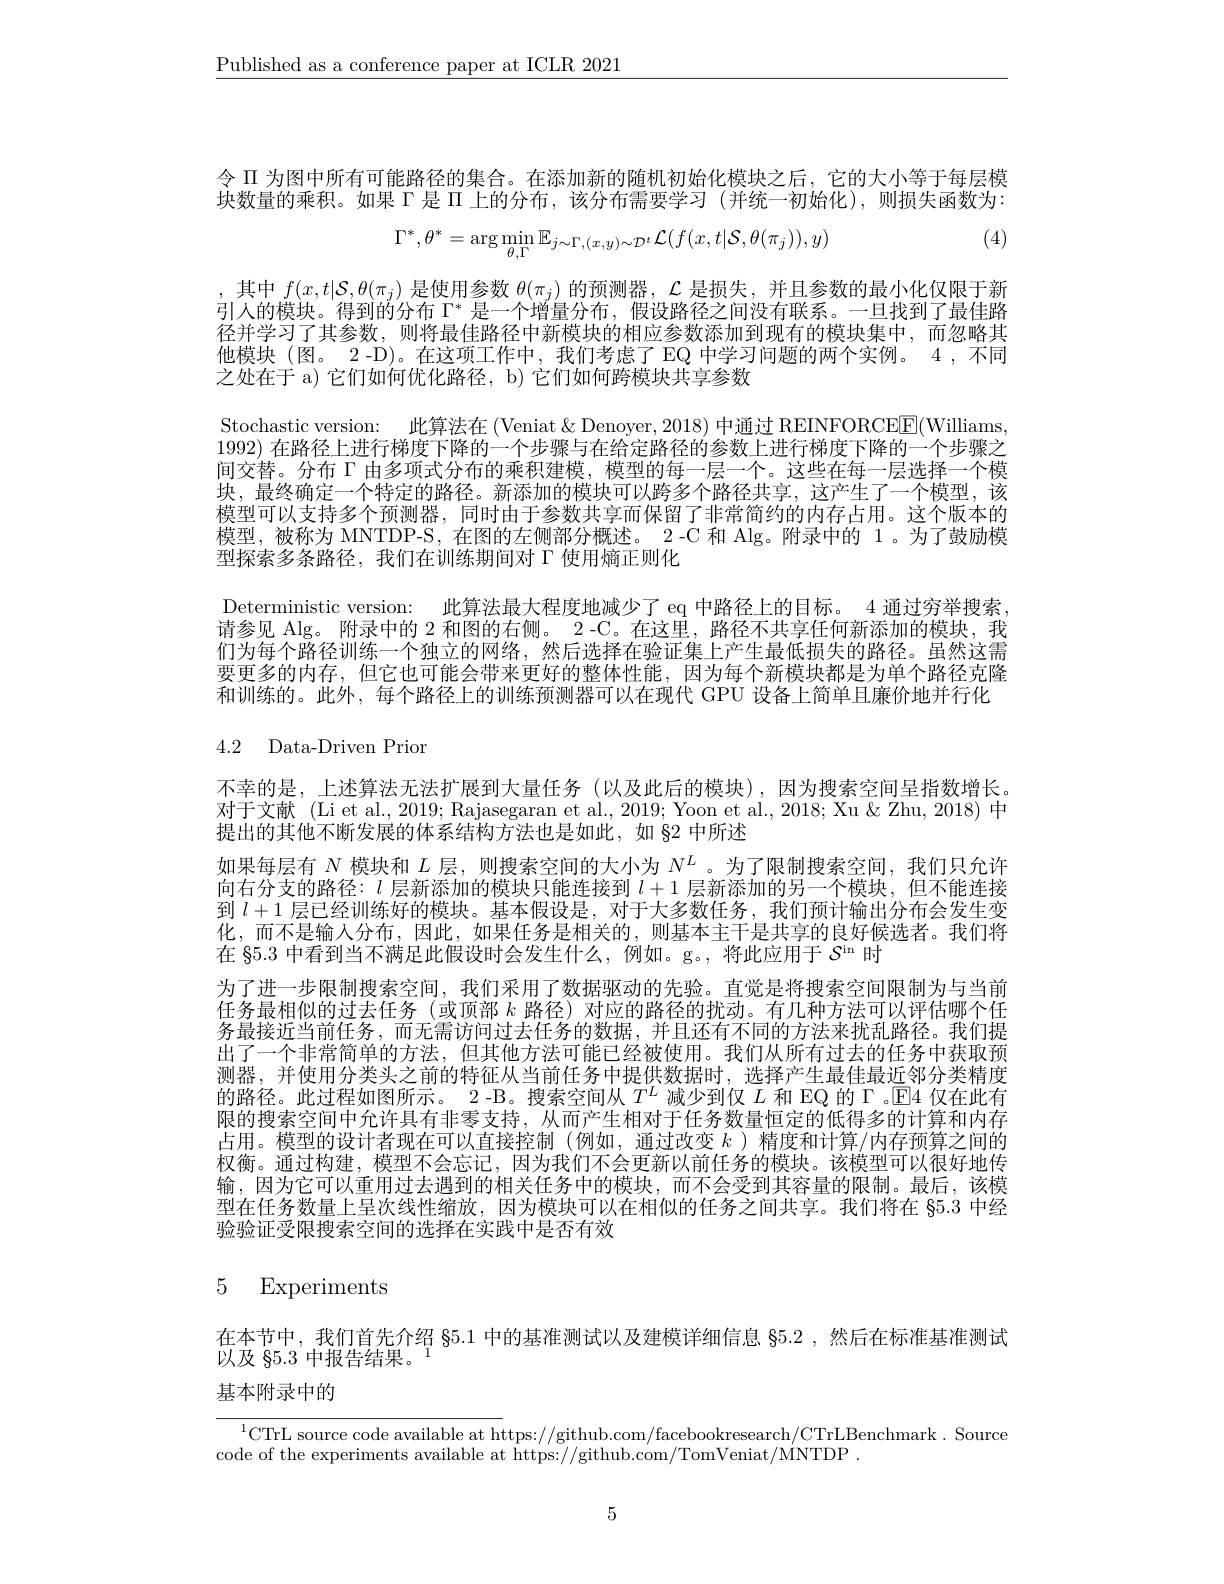
$\underline{\text{Published as a conference paper at ICLR 2021}}$

令$\Pi$为图中所有可能路径的集合。在添加新的随机初始化模块之后，它的大小等于每层模块数量的乘积。如果$\Gamma$是$\Pi$上的分布，该分布需要学习(并统一初始化),则损失函数为：

(4)
$$\Gamma^{*},\theta^{*}=\arg\min_{\theta,\Gamma}\mathbb{E}_{j\sim\Gamma,(x,y)\sim\mathcal{D}^{t}}\mathcal{L}(f(x,t|\mathcal{S},\theta(\pi_{j})),y)$$
4.2 Data-Driven Prior

其中$f(x,t|\mathcal{S},\theta(\pi_j)$是使用参数$\theta(\pi_j)$的预测器，$\mathcal{L}$是损失，并且参数的最小化仅限于新引人的模块。得到的分布$\Gamma^*$是一个增量分布，假设路径之间没有联系。一旦找到了最佳路径并学习了其参数，则将最佳路径中新模块的相应参数添加到现有的模块集中，而忽略其他模块 (图。2 -D)。在这项工作中，我们考虑了 EQ 中学习问题的两个实例。4 ,不同之处在于 a) 它们如何优化路径，b) 它们如何跨模块共享参数
Stochastic version: 此算法在 (Veniat&Denoyer,2018) 中通过 REINFORCEE(Williams 1992) 在路径上进行梯度下降的一个步骤与在给定路径的参数上进行梯度下降的一个步骤之间交替。分布 Г 由多项式分布的乘积建模，模型的每一层一个。这些在每一层选择一个模块，最终确定一个特定的路径。新添加的模块可以跨多个路径共享，这产生了一个模型，该模型可以支持多个预测器，同时由于参数共享而保留了非常简约的内存占用。这个版本的模型，被称为 MNTDP-S, 在图的左侧部分概述。2 -C 和 Alg。附录中的 1。为了鼓励模型探索多条路径，我们在训练期间对$\Gamma$使用熵正则化
Deterministic version: 此算法最大程度地减少了 eq 中路径上的目标。4 通过穷举搜索， 请参见 Alg。附录中的 2 和图的右侧。2 -C。在这里，路径不共享任何新添加的模块，我们为每个路径训练一个独立的网络，然后选择在验证集上产生最低损失的路径。虽然这需要更多的内存，但它也可能会带来更好的整体性能，因为每个新模块都是为单个路径克隆和训练的。此外，每个路径上的训练预测器可以在现代 GPU 设备上简单且廉价地并行化
不幸的是，上述算法无法扩展到大量任务(以及此后的模块),因为搜索空间呈指数增长。对于文献 (Li et al., 2019; Rajasegaran et al., 2019; Yoon et al., 2018; Xu & Zhu, 2018) 中提出的其他不断发展的体系结构方法也是如此，如 82 中所述
如果每层有$N$模块和$L$层，则搜索空间的大小为$N^L$ 。为了限制搜索空间，我们只允许向右分支的路径：$l$层新添加的模块只能连接到$l+1$层新添加的另一个模块，但不能连接到$l+1$层已经训练好的模块。基本假设是，对于大多数任务，我们预计输出分布会发生变化，而不是输入分布，因此，如果任务是相关的，则基本主干是共享的良好候选者。我们将在 §5.3 中看到当不满足此假设时会发生什么，例如。g。,将此应用于$S^\mathrm{in}$时
为了进一步限制搜索空间，我们采用了数据驱动的先验。直觉是将搜索空间限制为与当前任务最相似的过去任务 (或顶部$k$路径)对应的路径的扰动。有几种方法可以评估哪个任务最接近当前任务，而无需访问过去任务的数据，并且还有不同的方法来扰乱路径。我们提出了一个非常简单的方法，但其他方法可能已经被使用。我们从所有过去的任务中获取预测器，并使用分类头之前的特征从当前任务中提供数据时，选择产生最佳最近邻分类精度的路径。此过程如图所示。2 -B。搜索空间从$T^L$减少到仅$L$和 EQ 的 Г .$\operatorname{E}$4 仅在此有限的搜索空间中允许具有非零支持，从而产生相对于任务数量恒定的低得多的计算和内存占用。模型的设计者现在可以直接控制 (例如，通过改变$k$ )精度和计算/内存预算之间的权衡。通过构建，模型不会忘记，因为我们不会更新以前任务的模块。该模型可以很好地传输，因为它可以重用过去遇到的相关任务中的模块，而不会受到其容量的限制。最后，该模型在任务数量上呈次线性缩放，因为模块可以在相似的任务之间共享。我们将在 §5.3 中经验验证受限搜索空间的选择在实践中是否有效
5 Experiments

在本节中，我们首先介绍$\$5.1$中的基准测试以及建模详细信息$\S5.2$ ,然后在标准基准测试
以及 §5.3 中报告结果。1
基本附录中的

$^{1}$CTrL source code available at https://github.com/facebookresearch/CTrLBenchmark. Source
code of the experiments available at https://github.com/TomVeniat/MNTDP

5